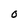
Character: O